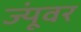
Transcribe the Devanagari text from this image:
ज्यूंवर